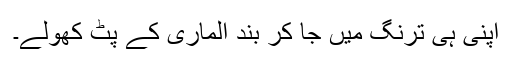
اپنی ہی ترنگ میں جا کر بند الماری کے پٹ کھولے۔